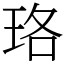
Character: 珞